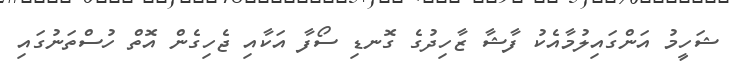
ޝަހީމު އަންގައިލުމާއެކު ފާޝާ ޒާހިދުގެ ގޮނޑި ސޯފާ އަކާއި ޖެހިގެން އޮތް ހުސްތަނުގައި